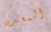
المعدن